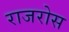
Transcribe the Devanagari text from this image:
राजरोस